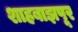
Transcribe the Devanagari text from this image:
शाहबाझपूर